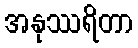
အနုဿရိတာ